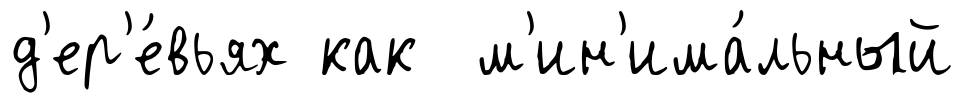
д'ер'е́вьях как м'ин'има́льный